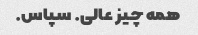
همه چیز عالی. سپاس.